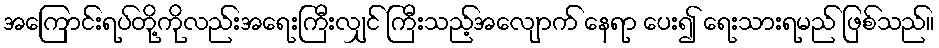
အကြောင်းရပ်တို့ကိုလည်းအရေးကြီးလျှင် ကြီးသည့်အလျောက် နေရာ ပေး၍ ရေးသားရမည် ဖြစ်သည်။